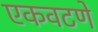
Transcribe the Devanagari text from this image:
एकवटणे